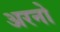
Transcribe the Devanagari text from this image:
अरनो